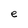
Character: e